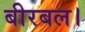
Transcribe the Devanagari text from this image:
बीरबल।